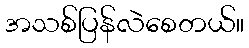
အသစ်ပြန်လဲစေတယ်။